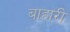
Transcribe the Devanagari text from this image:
बाहारी